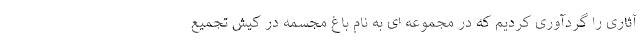
آثاری را گردآوری کردیم که در مجموعه ای به نام باغ مجسمه در کیش تجمیع